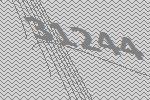
31244